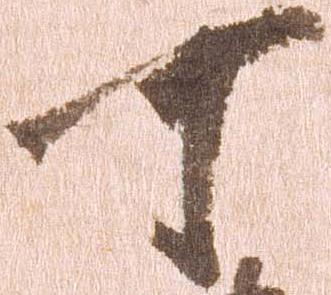
可